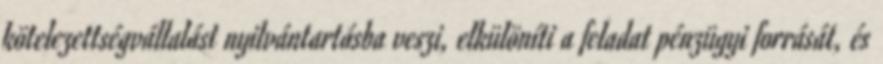
kötelezettségvállalást nyilvántartásba veszi, elkülöníti a feladat pénzügyi forrását, és